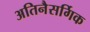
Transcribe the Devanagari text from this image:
अतिनैसर्गिक